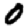
Digit: 0